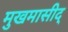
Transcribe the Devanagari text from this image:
मुखमासीद्